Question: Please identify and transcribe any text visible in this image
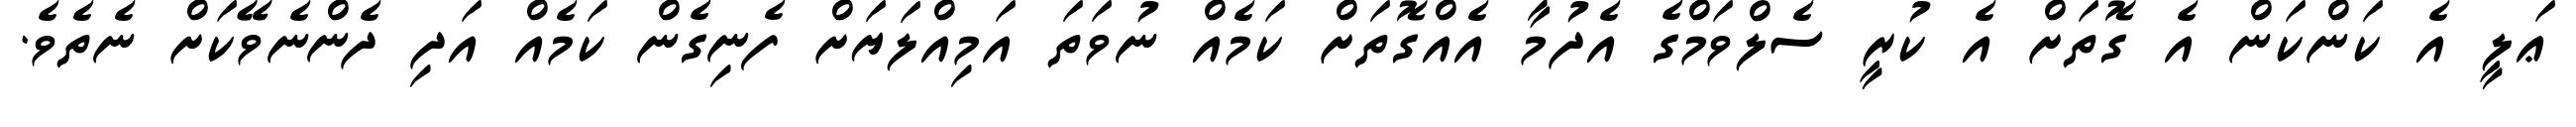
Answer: ޢަލީ އެ ކަންކަން އެ ގޮތަށް އެ ކުރީ ސެލްވަމްގެ އެދުމާ އެއްގޮތަށް ކަމެއް ނުވަތަ އަމިއްލަޔަށް ފެނިގެން ކަމެއް އަދި ދެންނެވޭކަށް ނެތެވެ.